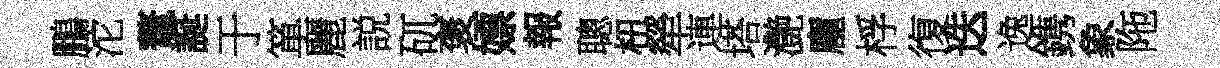
鵬沱鼇誕于箪麗説矹褒嫖報聰杻犖連塔灔龐桴復迭逸鎸象陁